DOW-UAP-D19, Mission Report, Syria, February 21, 2023
Agency: Department of War
Incident date: 2/21/23
Incident location: Syria
Page 8
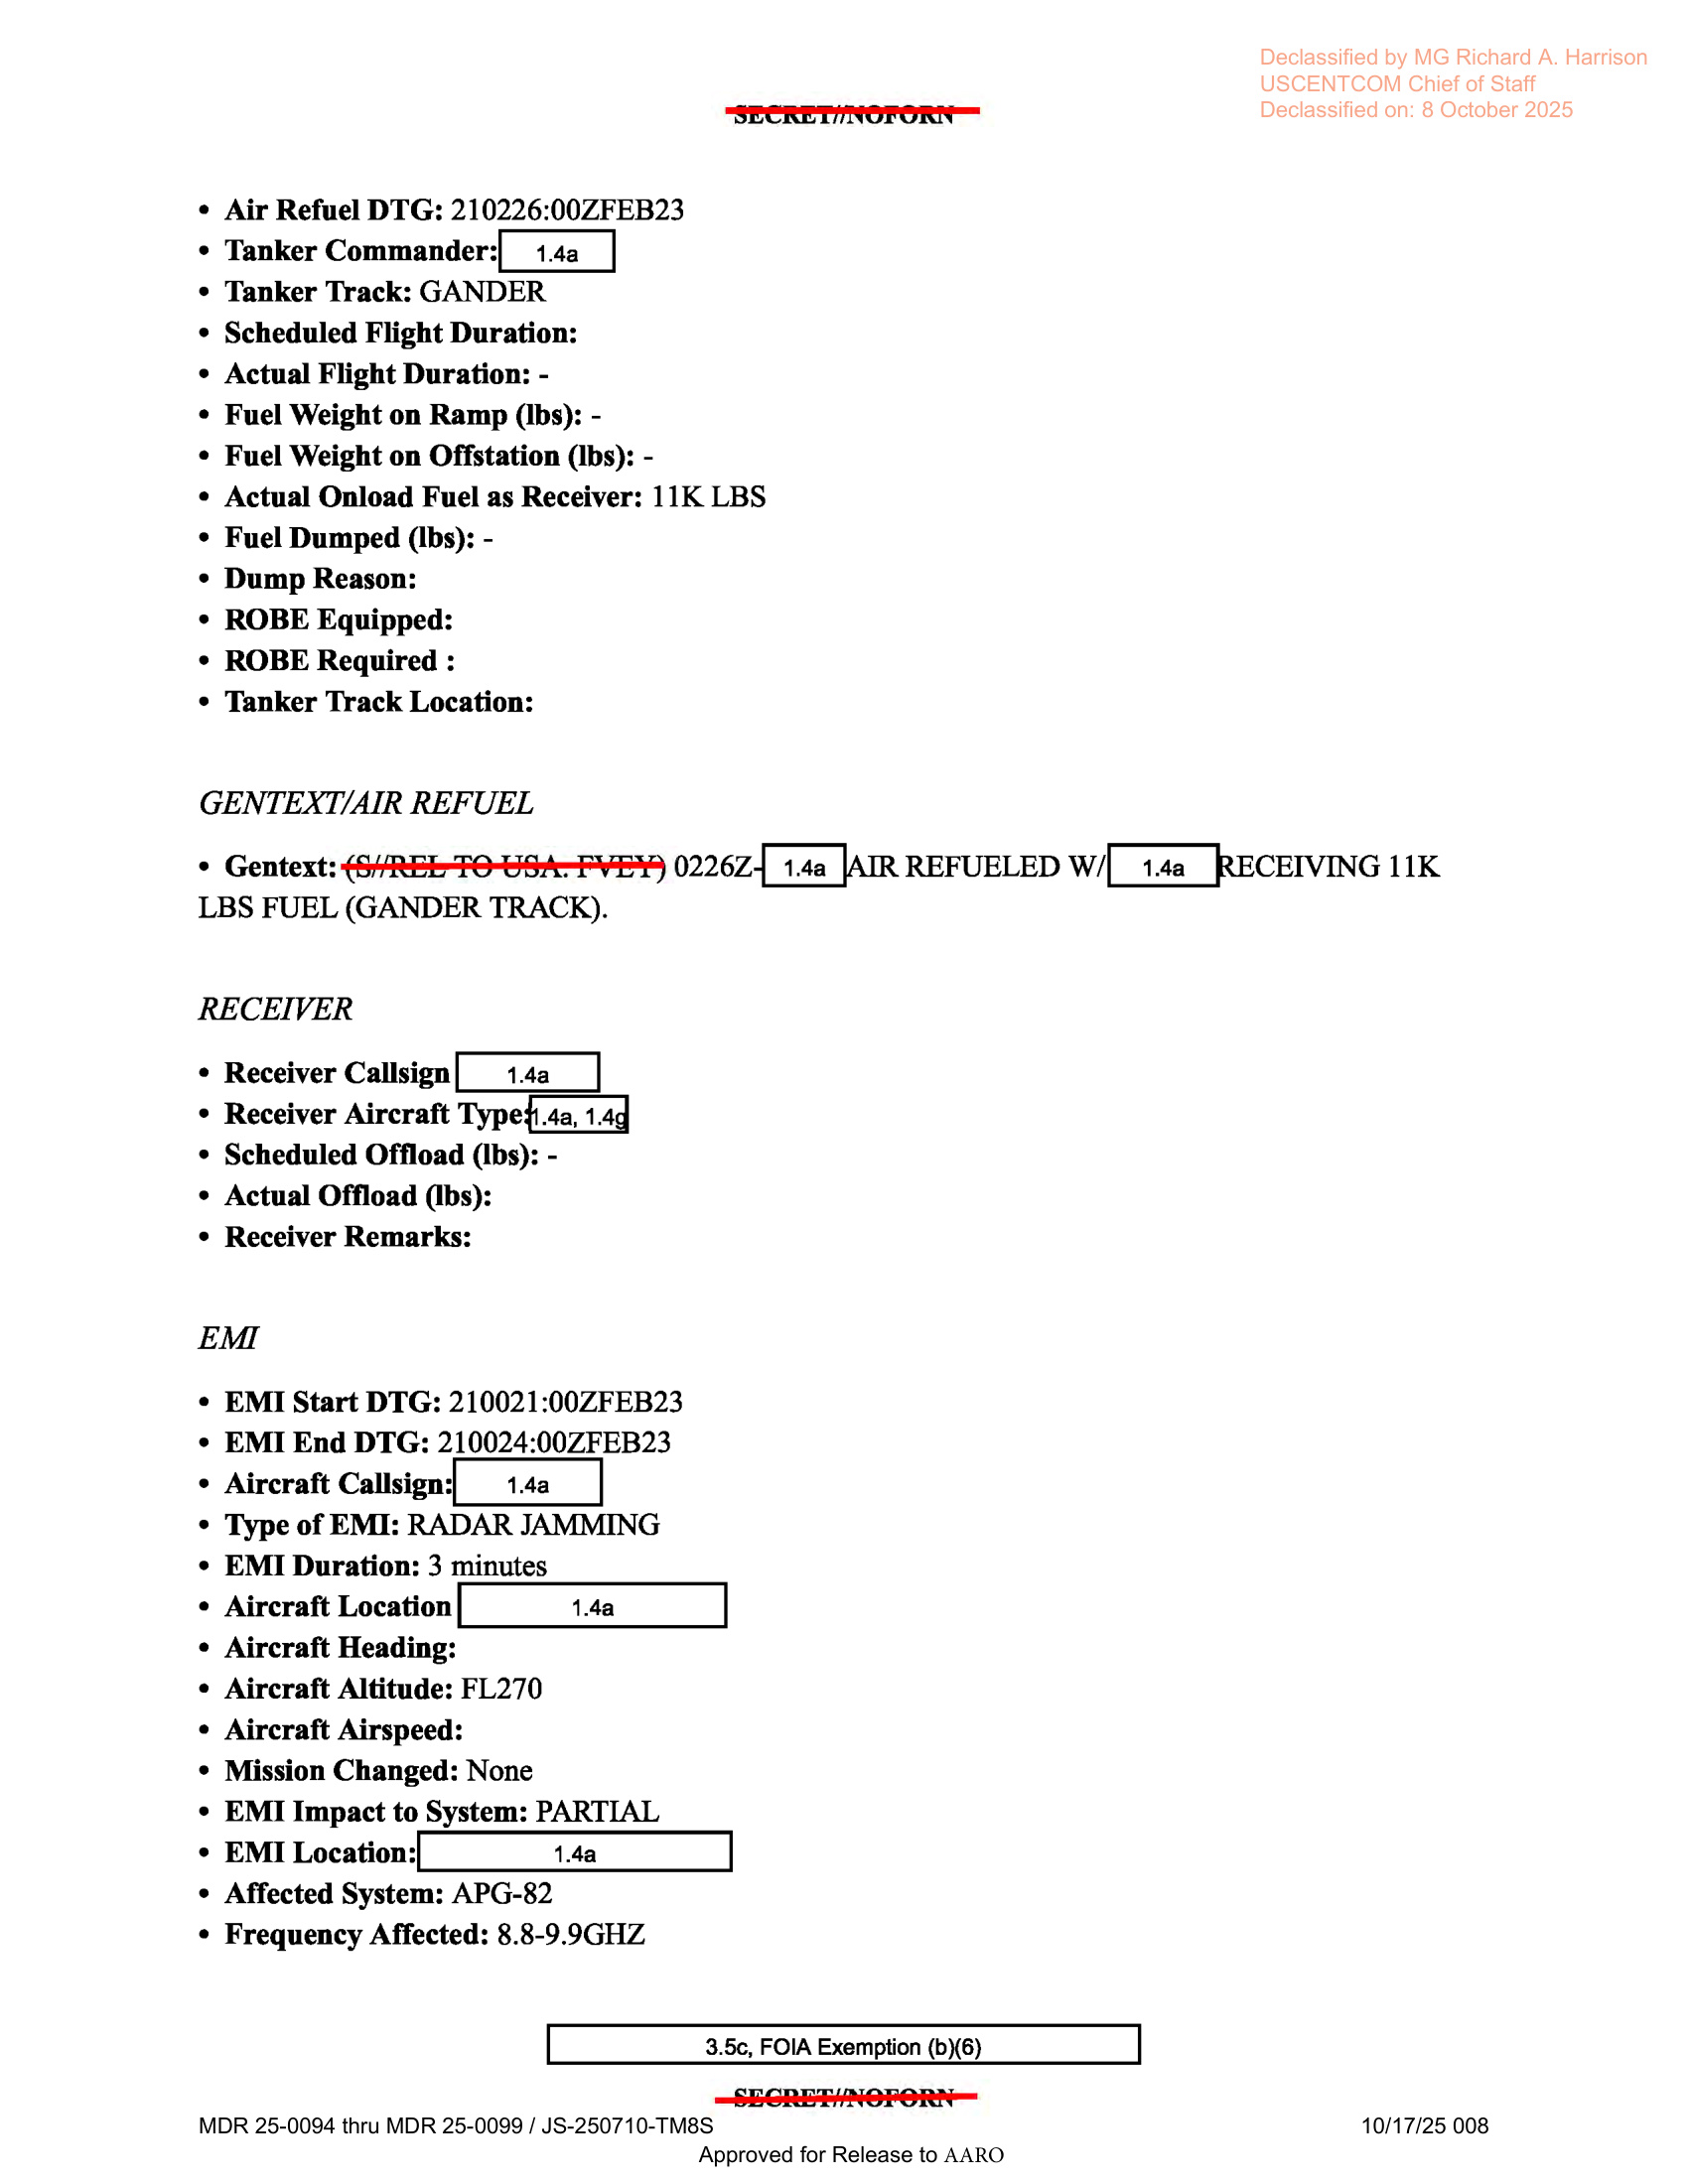